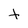
Character: t